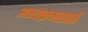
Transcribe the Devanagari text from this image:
अभ्याक्रमासाठी